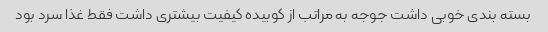
بسته بندی خوبی داشت جوجه به مراتب از کوبیده کیفیت بیشتری داشت فقط غذا سرد بود